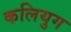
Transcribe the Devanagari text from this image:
कलियुग